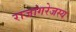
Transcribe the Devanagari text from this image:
राजांगरेजस्य